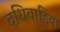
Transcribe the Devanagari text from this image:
दधिवाड़िया